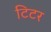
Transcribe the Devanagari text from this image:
टिटर